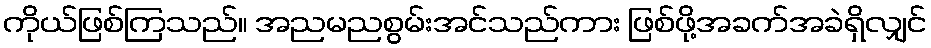
ကိုယ်ဖြစ်ကြသည်။ အညမညစွမ်းအင်သည်ကား ဖြစ်ဖို့အခက်အခဲရှိလျှင်